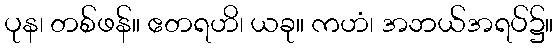
ပုန၊ တစ်ဖန်။ ဧတရဟိ၊ ယခု။ ကဟံ၊ အဘယ်အရပ်၌။